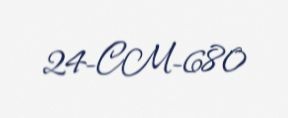
24-CM-680